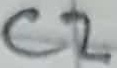
Text: C2